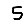
Digit: 5